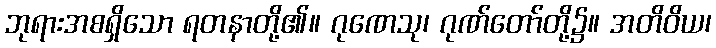
ဘုရားအစရှိသော ရတနာတို့၏။ ဂုဏေသု၊ ဂုဏ်တော်တို့၌။ အတိဝိယ၊